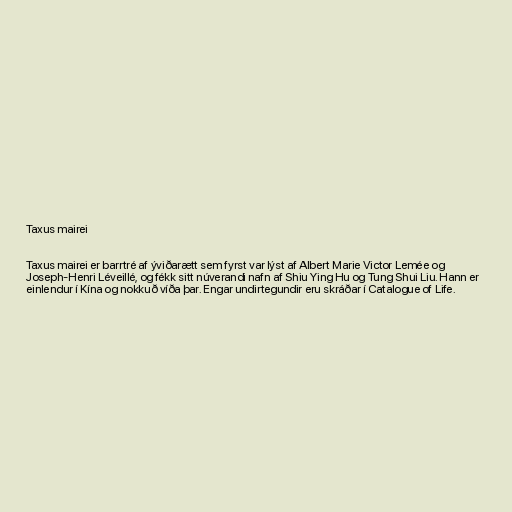
Taxus mairei

Taxus mairei er barrtré af ýviðarætt sem fyrst var lýst af Albert Marie Victor Lemée og
Joseph-Henri Léveillé, og fékk sitt núverandi nafn af Shiu Ying Hu og Tung Shui Liu. Hann er
einlendur í Kína og nokkuð víða þar. Engar undirtegundir eru skráðar í Catalogue of Life.